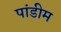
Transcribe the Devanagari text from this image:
पांडीम